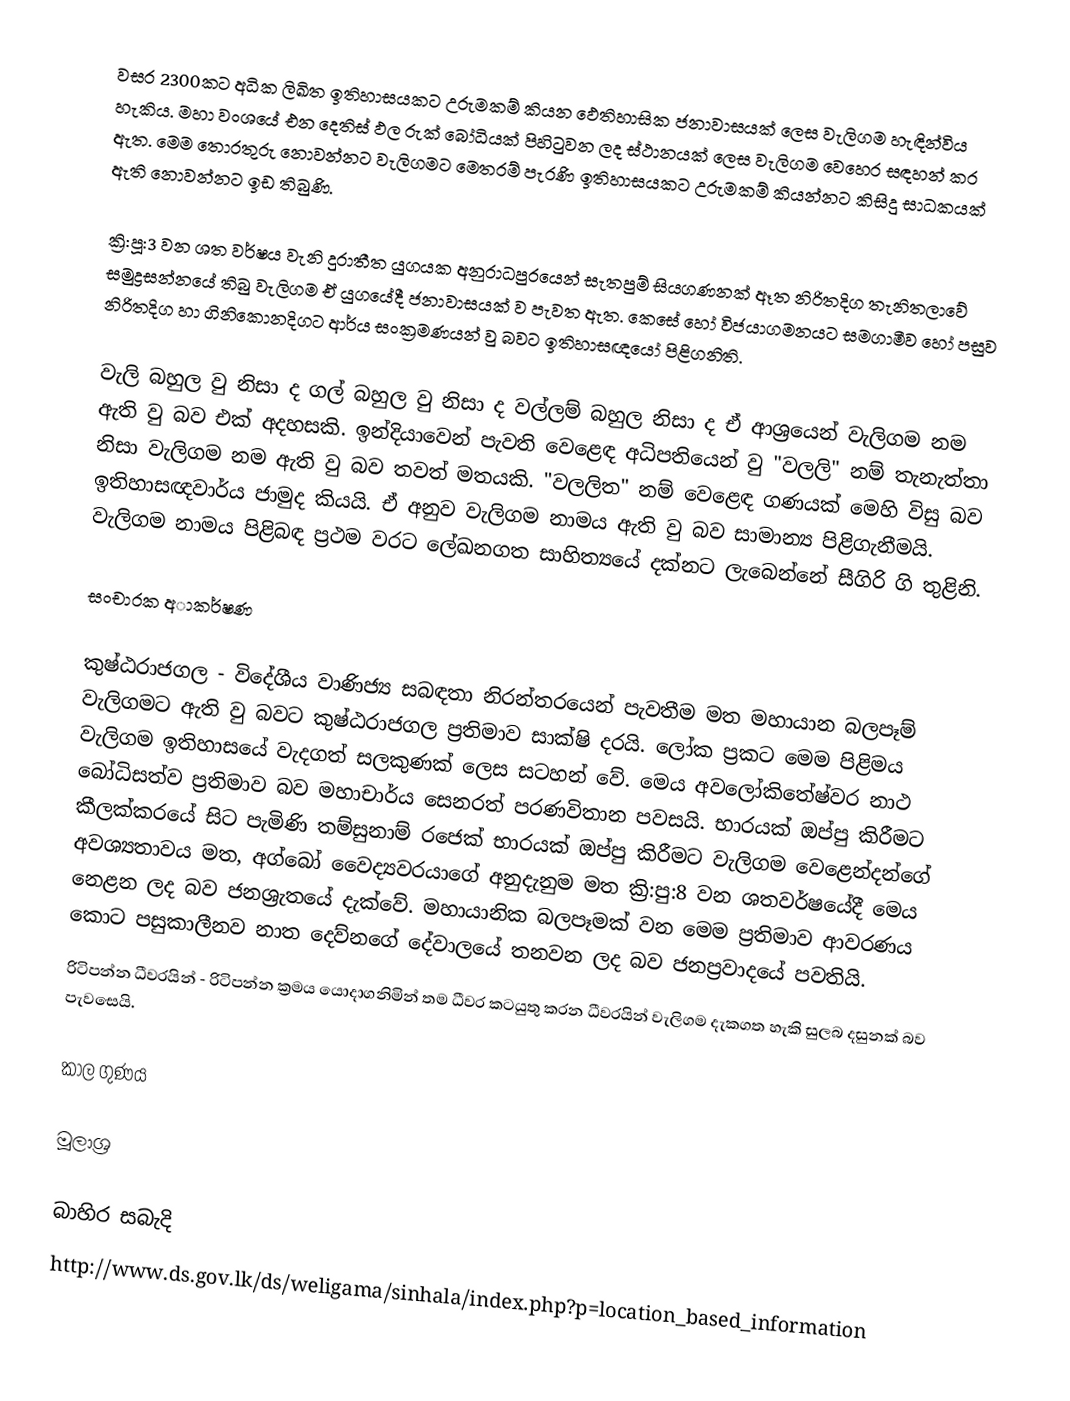
වසර 2300කට අධික ලිඛිත ඉතිහාසයකට උරුමකම් කියන ඵෙතිහාසික ජනාවාසයක් ලෙස වැලිගම හැඳින්විය හැකිය. මහා වංශයේ එන දෙතිස් ඵල රුක් බෝධියක් පිහිටුවන ලද ස්ථානයක් ලෙස වැලිගම වෙහෙර සඳහන් කර ඇත. මෙම තොරතුරු නොවන්නට වැලිගමට මෙතරම් පැරණි ඉතිහාසයකට උරුමකම් කියන්නට‍ කිසිදු සාධකයක් ඇති නොවන්නට ඉඩ තිබුණි.

ක්‍රි:පූ:3 වන ශත වර්ෂය වැනි දුරාතීත යුගයක අනුරාධපුරයෙන් සැතපුම් සියගණනක් ඈත නිරිතදිග තැනිතලාවේ සමුද්‍රසන්නයේ තිබු වැලිගම ඒ යුගයේදී ජනාවාසයක් ව පැවත ඇත. කෙසේ හෝ  විජයාගමනයට සමගාමීව හෝ පසුව නිරිතදිග හා ගිනිකොනදිගට ආර්ය සංක්‍රමණයන් වු බවට ඉතිහාසඥයෝ පිළිගනිති.

වැලි බහුල වු නිසා ද ගල් බහුල වු නිසා ද වල්ලම් බහුල නිසා ද ඒ ආශ්‍රයෙන් වැලිගම නම ඇති වු බව එක් අදහසකි. ඉන්දියාවෙන් පැවති වෙළෙඳ අධිපතියෙන් වු "වලලි" නම් තැනැත්තා නිසා වැලිගම නම ඇති වු බව තවත් මතයකි. "වලලිත" නම් වෙළෙඳ ගණයක් මෙහි විසු බව ඉතිහාසඥවාර්ය ජාමුද කියයි. ඒ අනුව වැලිගම නාමය ඇති වු බව සාමාන්‍ය පිළිගැනීමයි. වැලිගම නාමය පිළිබඳ ප්‍රථම වරට ලේඛනගත සාහිත්‍යයේ දක්නට ලැබෙන්නේ සීගිරි ගි තුළිනි.

සංචාරක අාකර්ෂණ

කුෂ්ඨරාජගල - විදේශීය වාණිජ්‍ය සබඳතා නිරන්තරයෙන් පැවතීම මත මහායාන බලපෑම් වැලිගමට ඇති වු බවට කුෂ්ඨරාජගල ප්‍රතිමාව සාක්ෂි දරයි. ලෝක ප්‍රකට මෙම පිළිමය වැලිගම ඉතිහාසයේ වැදගත් සලකුණක් ලෙස සටහන් වේ. මෙය ‍‍අවලෝකිතේෂ්වර නාථ බෝධිසත්ව ප්‍රතිමාව බව මහාචාර්ය සෙනරත් පරණවිතාන පවසයි. භාරයක් ඔප්පු කිරීමට කීලක්කරයේ සිට පැමිණි තම්සුනාම් රජෙක් භාරයක් ඔප්පු කිරීමට වැලිගම වෙළෙන්දන්ගේ අවශ්‍යතාවය මත, අග්බෝ වෛද්‍යවරයාගේ අනුදැනුම මත ක්‍රි:පු:8 වන ශතවර්ෂයේදී මෙය නෙළන ලද බව ජනශ්‍රැතයේ දැක්වේ. මහායානික බලපෑමක් වන මෙම ප්‍රතිමාව ආවරණය කොට පසුකාලීනව නාත දෙව්නගේ දේවාලයේ තනවන ලද බව ජනප්‍රවාදයේ පවතියි.
රිටිපන්න ධීවරයින් - රිටිපන්න ක්‍රමය යොදාගනිමින් තම ධීවර කටයුතු කරන ධීවරයින් වැලිගම දැකගත හැකි සුලබ දසුනක් බව පැවසෙයි.

කාල ගුණය

මූලාශ්‍ර

බාහිර සබැදි
http://www.ds.gov.lk/ds/weligama/sinhala/index.php?p=location_based_information